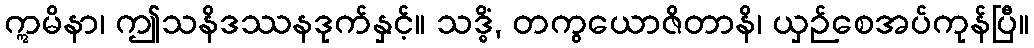
ဣမိနာ၊ ဤသနိဒဿနဒုက်နှင့်။ သဒ္ဓိံ, တကွယောဇိတာနိ၊ ယှဉ်စေအပ်ကုန်ပြီ။